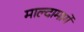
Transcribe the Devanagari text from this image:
माल्दामार्गे